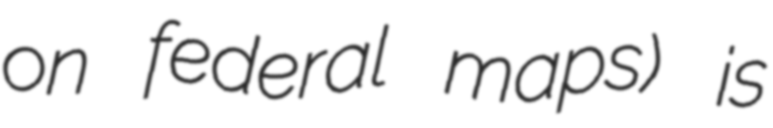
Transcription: on federal maps) is